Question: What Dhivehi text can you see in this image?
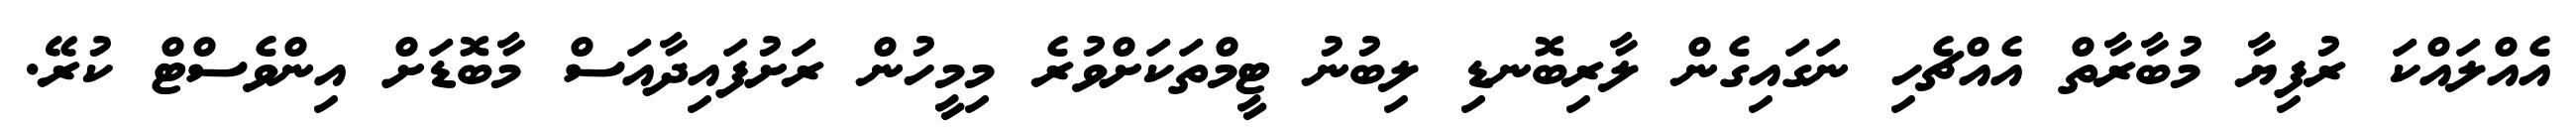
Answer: އެއްލައްކަ ރުފިޔާ މުބާރާތް އެއްޗެހި ނަގައިގެން ލާރިބޮނޑި ލިބުނު ޓީމްތަކަށްވުރެ މިމީހުން ރަށުފައިދާއަސް މާބޮޑަށް އިންވެސްޓް ކުރޭ.